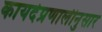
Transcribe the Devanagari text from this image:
कायदेप्रणालीनुसार